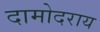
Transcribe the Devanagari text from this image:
दामोदराय